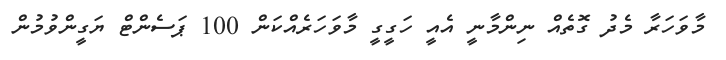
މާވަހަރާ މެދު ގޮތެއް ނިންމާނީ އެއީ ހަގީގީ މާވަހަރެއްކަން 100 ޕަސެންޓް ޔަގީންވުމުން